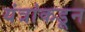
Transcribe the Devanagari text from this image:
यंत्रांकडून